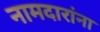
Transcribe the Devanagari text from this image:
नामदारांना